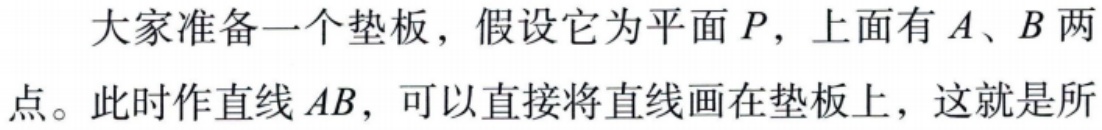
大家准备一个垫板，假设它为平面 \(P\)，上面有 \(A、B\) 两点。此时作直线 \(AB\)，可以直接将直线画在垫板上，这就是所